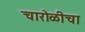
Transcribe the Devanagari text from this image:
चारोळीचा